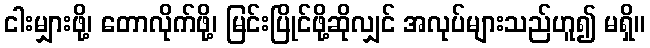
ငါးမျှားဖို့၊ တောလိုက်ဖို့၊ မြင်းပြိုင်ဖို့ဆိုလျှင် အလုပ်များသည်ဟူ၍ မရှိ။